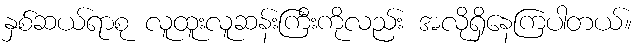
နှစ်ဆယ်ရာစု လူထူးလူဆန်းကြီးကိုလည်း အလိုရှိနေကြပါတယ်။